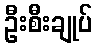
ဦးစီးချုပ်